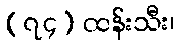
(၇၄) ထန်းသီး၊